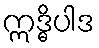
ဣဒ္ဓိပါဒ